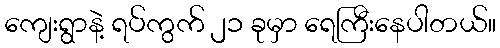
ကျေးရွာနဲ့ ရပ်ကွက် ၂၁ ခုမှာ ရေကြီးနေပါတယ်။